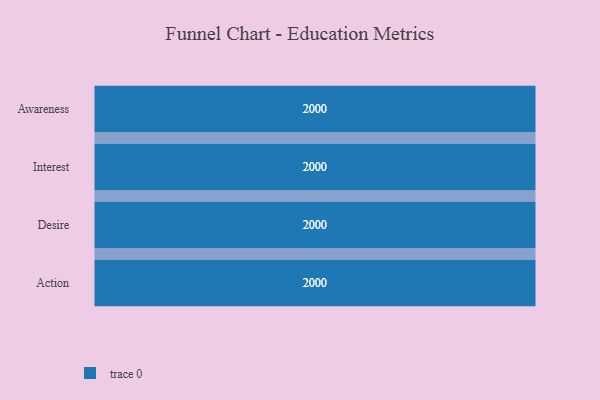
{"axis": {"x": "Stage", "y": "Value"}, "legend": [""], "data": [{"x": "Awareness", "y": 2000, "type": ""}, {"x": "Interest", "y": 2000, "type": ""}, {"x": "Desire", "y": 2000, "type": ""}, {"x": "Action", "y": 2000, "type": ""}]}